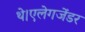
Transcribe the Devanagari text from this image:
थे।एलेगजेंडर